Annual report on the Civil Veterinary Department, Burma (including the Insein Veterinary School) - 1910-1922
Year: 1910
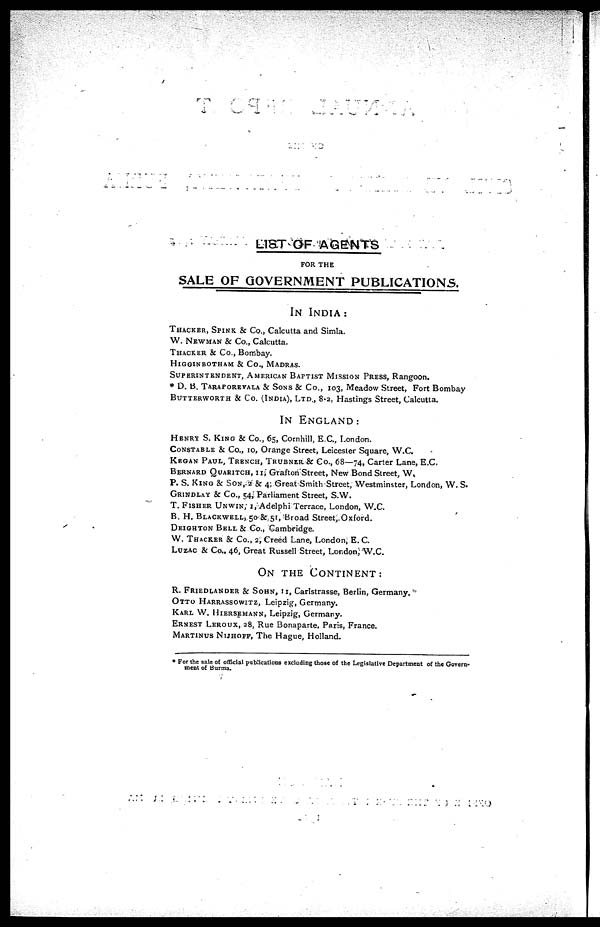
LIST OF AGENTS
FOR THE
SALE OF GOVERNMENT PUBLICATIONS.
IN INDIA :
THACKER, SPINK & Co., Calcutta and Simla.
W. NEWMAN & Co., Calcutta.
THACKER & Co., Bombay.
HIGGINBOTHAM & Co., MADRAS.
SUPERINTENDENT, AMERICAN BAPTIST MISSION PRESS, Rangoon.
* D. B.TARAPOREVALA & SONS & Co., 103, Meadow Street, Fort Bombay
BUTTERWORTH & Co. (INDIA), LTD., 8.2, Hastings Street, Calcutta.
IN ENGLAND:
HENRY S. KING & Co., 65, Cornhill, E.C., London.
CONSTABLE & Co., 10, Orange Street, Leicester Square, W.C.
KEGAN PAUL, TRENCH, TRUBNER. & Co., 68—74, Carter Lane, E.C.
BERNARD QUARITCH, 11, Grafton Street, New Bond Street, W.
P. S. KING & SON,-2 & 4, Great Smith Street, Westminster, London, W. S.
GRINDLAY & Co., 54, Parliament Street, S.W.
T. FISHER UNWIN, 1, 1, Adelphi Terrace, London, W.C.
B. H. BLACKWELL, 50 & 51, Broad Street, Oxford.
DEIGHTON BELL & Co., Cambridge.
W. THACKER & Co., 2, Creed Lane, London, E.C.
LUZAC & Co., 46, Great Russell Street, London, W.C.
ON THE CONTINENT:
R. FRIEDLANDER & SOHN, 11, Carlstrasse, Berlin, Germany,
OTTO HARRASSOWITZ, Leipzig, Germany.
KARL W. HIERSEMANN, Leipzig, Germany.
ERNEST LEROUX, 28, Rue Bonaparte, Paris, France.
MARTINUS NUJHOFF, The Hague, Holland.
* For the sale of official publications excluding those of the Legislative Department of the Govern-
ment of Burma.